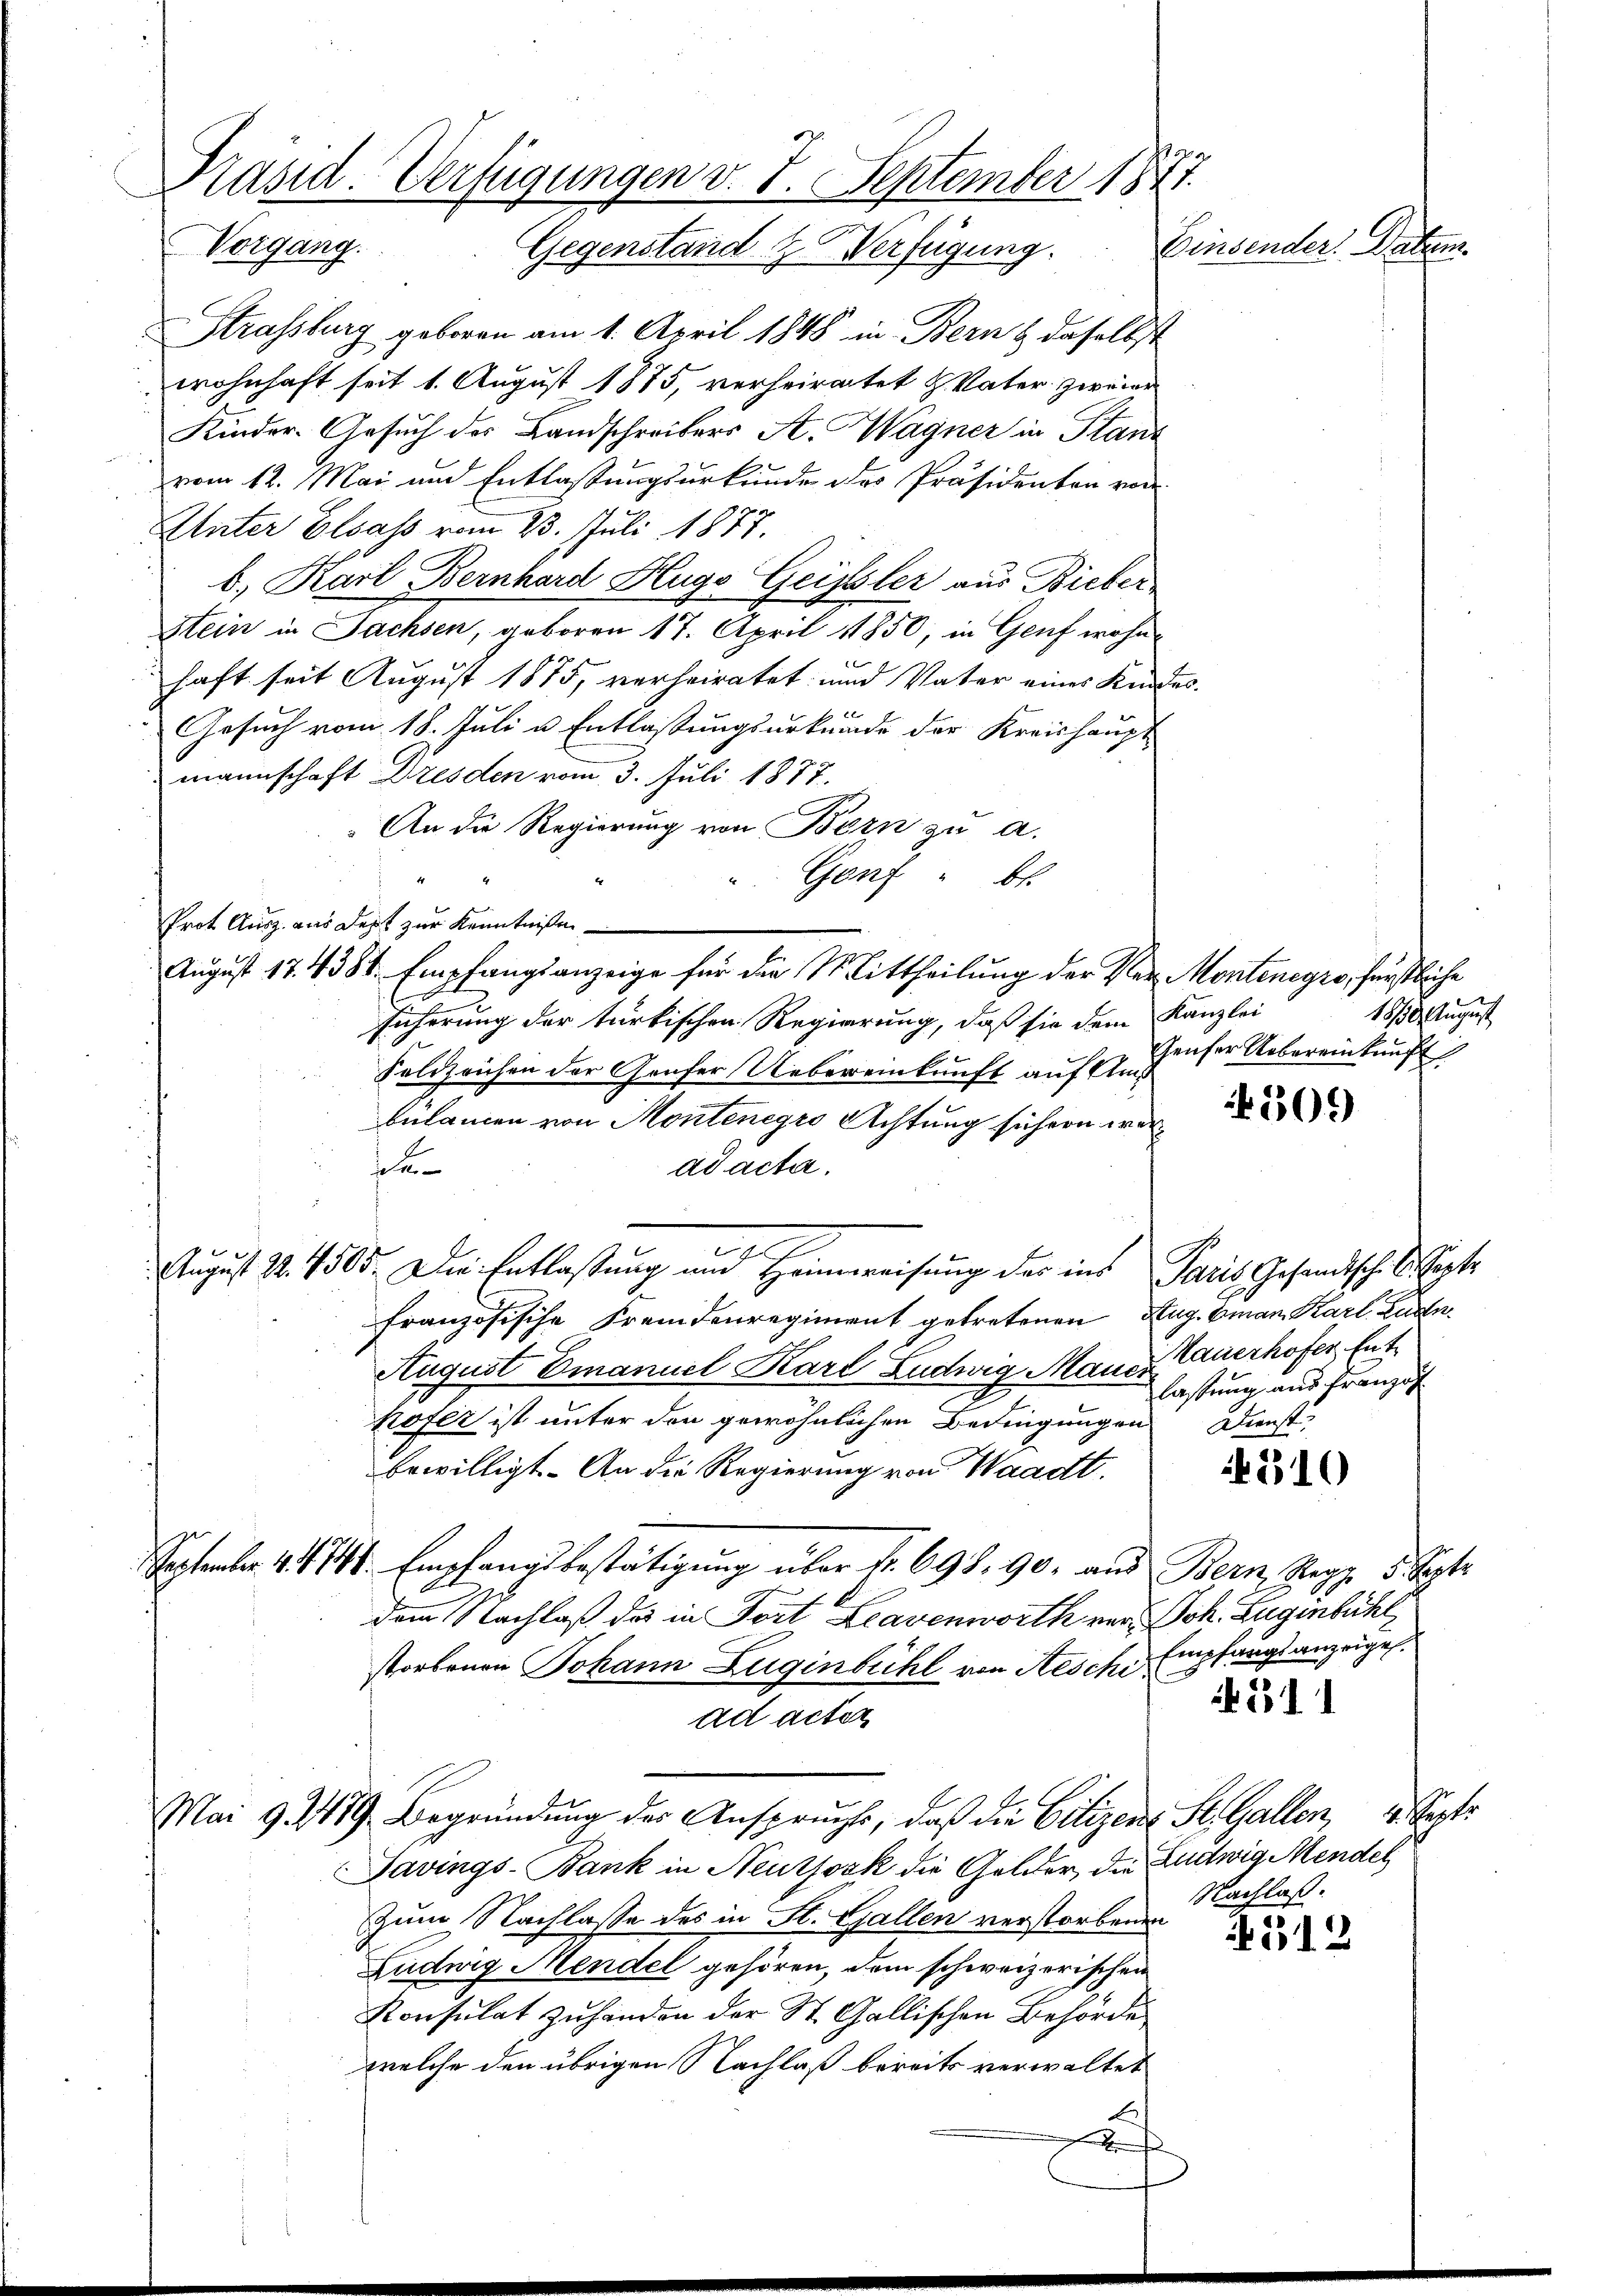
Präsid. Verfügungen v. 7. September 1877.
Einsender. Datum
Vorgang. Gegenstand & Verfügung.

Strassburg geboren am 1. April 1848 in Bern & daselbst
wohnhaft seit 1. August 1875, verheiratet H. Vater zweier
Kinder-Gesuch des Landschreibers A. Wagner in Stand
vom 12. Mai und Entlaßungsurkunde des Präsidenten von
Unter Elsass vom 23. Juli 1877.
b. Karl Bernhard Hugo Geissler aus Bieber
Stein in Sachsen, geboren 17. April 1850, in Genf wohnhaft seit August 1875, verheiratet und Vater eines Kindes.
x
Gesuch vom 18. Juli u. Entlassungsurkunde der Kreishauptmannschaft Dresden vom 3. Juli 1877.
An die Regierung von Bern zu a.
" Genf " 6.
Prot. Ausz. aus Dept zur Kenntnißen
sihrrung der türkischen Regierung, daß sie dem Kanzlei
Feldzeichen der Grufer Uebereinkunft auf Ans
bülancen von Montenegro Achtung sichern were
ad acta.
August S. 4505. Die Entlastung und Heimereisung der ins Paris Gesandtsch. Septe
französische Fremdenregiment getretenen Zug. Eman. Karl Ludn.
August Emanuel Karl Ludwig Manes Bauerhofer, Enthofer ist unter den gewöhnlichen Bedingungen
bewilligt. An die Regierung von Waadt.
September 4. 4741. Empfangsbestätigung über Nr. 698. 90. aus Bern, Segg. 5. Sept.
dem Nachlaß das in Fort Leavenworth vor Sch. Eugenbühl,
storbenen Johann Zuginbichl von Aesche Empfangs anzeigel.
ad acter
Mai 9 379. Begründŭng der Ansprŭcht, daβ die Citizen St. Gallen, 4. Septe
Savings-Bank in Neutjosk die Gelder, die Ludwig Mendel
zum Nachlasse des in St. Gallen verstorbenen
Ludwig Mendel gehören, dem schweizerischen
Konsulat zuhanden der St. Gallischen Behörde
welche den übrigen Nachlaß bereits verwaltet

August 17. 4384. Empfangsanzeige für die Mittheilung der Ver- Kontenegro, fürstliche

1830. August
Geuser Uebereinkunft

509

lassung aus franzos
Dienst,

510

311

Nachlaß.

512